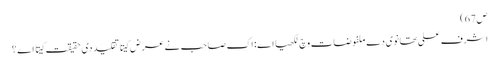
ص67)
اشرف علی تھانوی دے ملفوضات وچ لکھیا اے: اک صاحب نے عرض کیتا تقلید د‏‏ی حقیقت کیتا اے ؟